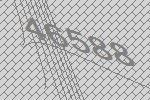
46588